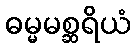
ဓမ္မမစ္ဆရိယံ